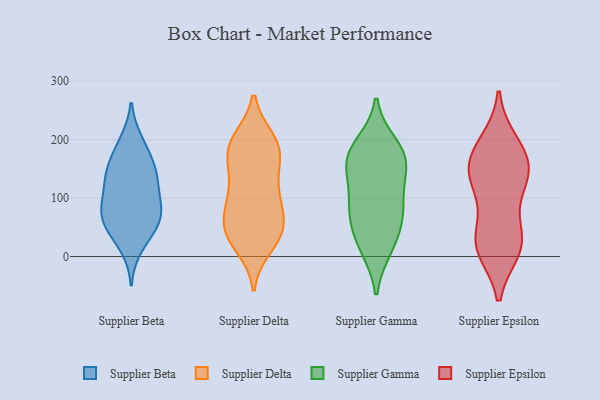
{"axis": {"x": "Waste Production (Tons)", "y": "Value"}, "legend": ["Supplier Beta", "Supplier Delta", "Supplier Epsilon", "Supplier Gamma"], "data": [{"x": "", "y": 61, "type": "Supplier Beta"}, {"x": "", "y": 79, "type": "Supplier Beta"}, {"x": "", "y": 17, "type": "Supplier Beta"}, {"x": "", "y": 196, "type": "Supplier Beta"}, {"x": "", "y": 44, "type": "Supplier Beta"}, {"x": "", "y": 69, "type": "Supplier Beta"}, {"x": "", "y": 52, "type": "Supplier Beta"}, {"x": "", "y": 133, "type": "Supplier Beta"}, {"x": "", "y": 147, "type": "Supplier Beta"}, {"x": "", "y": 144, "type": "Supplier Beta"}, {"x": "", "y": 86, "type": "Supplier Beta"}, {"x": "", "y": 117, "type": "Supplier Beta"}, {"x": "", "y": 187, "type": "Supplier Beta"}, {"x": "", "y": 152, "type": "Supplier Beta"}, {"x": "", "y": 91, "type": "Supplier Beta"}, {"x": "", "y": 41, "type": "Supplier Delta"}, {"x": "", "y": 179, "type": "Supplier Delta"}, {"x": "", "y": 188, "type": "Supplier Delta"}, {"x": "", "y": 134, "type": "Supplier Delta"}, {"x": "", "y": 195, "type": "Supplier Delta"}, {"x": "", "y": 118, "type": "Supplier Delta"}, {"x": "", "y": 72, "type": "Supplier Delta"}, {"x": "", "y": 45, "type": "Supplier Delta"}, {"x": "", "y": 18, "type": "Supplier Delta"}, {"x": "", "y": 90, "type": "Supplier Delta"}, {"x": "", "y": 150, "type": "Supplier Delta"}, {"x": "", "y": 96, "type": "Supplier Delta"}, {"x": "", "y": 193, "type": "Supplier Delta"}, {"x": "", "y": 42, "type": "Supplier Delta"}, {"x": "", "y": 33, "type": "Supplier Delta"}, {"x": "", "y": 39, "type": "Supplier Delta"}, {"x": "", "y": 175, "type": "Supplier Delta"}, {"x": "", "y": 199, "type": "Supplier Delta"}, {"x": "", "y": 83, "type": "Supplier Delta"}, {"x": "", "y": 152, "type": "Supplier Gamma"}, {"x": "", "y": 75, "type": "Supplier Gamma"}, {"x": "", "y": 176, "type": "Supplier Gamma"}, {"x": "", "y": 77, "type": "Supplier Gamma"}, {"x": "", "y": 108, "type": "Supplier Gamma"}, {"x": "", "y": 177, "type": "Supplier Gamma"}, {"x": "", "y": 165, "type": "Supplier Gamma"}, {"x": "", "y": 46, "type": "Supplier Gamma"}, {"x": "", "y": 191, "type": "Supplier Gamma"}, {"x": "", "y": 18, "type": "Supplier Gamma"}, {"x": "", "y": 144, "type": "Supplier Gamma"}, {"x": "", "y": 14, "type": "Supplier Gamma"}, {"x": "", "y": 83, "type": "Supplier Gamma"}, {"x": "", "y": 15, "type": "Supplier Epsilon"}, {"x": "", "y": 172, "type": "Supplier Epsilon"}, {"x": "", "y": 32, "type": "Supplier Epsilon"}, {"x": "", "y": 26, "type": "Supplier Epsilon"}, {"x": "", "y": 136, "type": "Supplier Epsilon"}, {"x": "", "y": 106, "type": "Supplier Epsilon"}, {"x": "", "y": 132, "type": "Supplier Epsilon"}, {"x": "", "y": 181, "type": "Supplier Epsilon"}, {"x": "", "y": 194, "type": "Supplier Epsilon"}, {"x": "", "y": 13, "type": "Supplier Epsilon"}, {"x": "", "y": 155, "type": "Supplier Epsilon"}, {"x": "", "y": 27, "type": "Supplier Epsilon"}, {"x": "", "y": 142, "type": "Supplier Epsilon"}]}